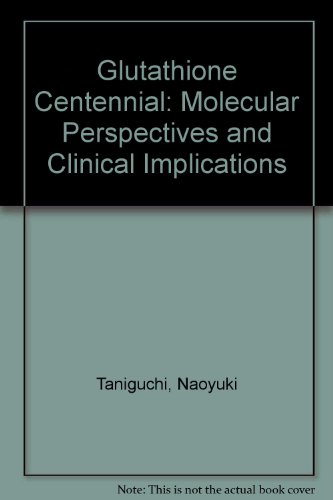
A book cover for Glutathione Centennial: Molecular Perspectives and Clinical Implications; Naoyuki Taniguchi; Medical Books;